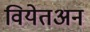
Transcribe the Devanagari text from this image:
वियेतअन